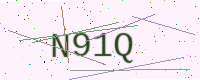
Text: N91Q